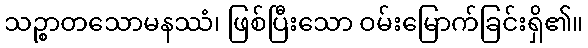
သဉ္စာတသောမနဿံ၊ ဖြစ်ပြီးသော ဝမ်းမြောက်ခြင်းရှိ၏။